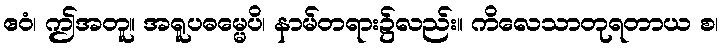
ဧဝံ၊ ဤအတူ။ အရူပဓမ္မေပိ၊ နာမ်တရား၌လည်း။ ကိလေသာတုရတာယ စ၊